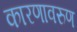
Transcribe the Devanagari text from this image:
कारणावरुण